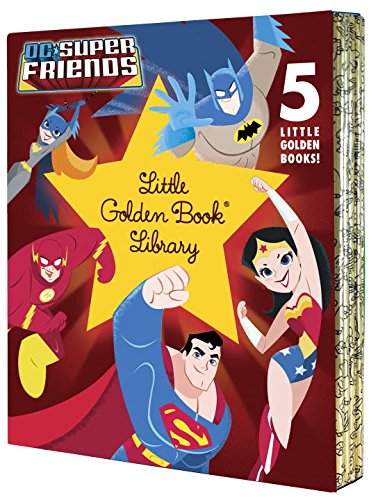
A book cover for DC Super Friends Little Golden Book Library (DC Super Friends); Various; Children's Books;